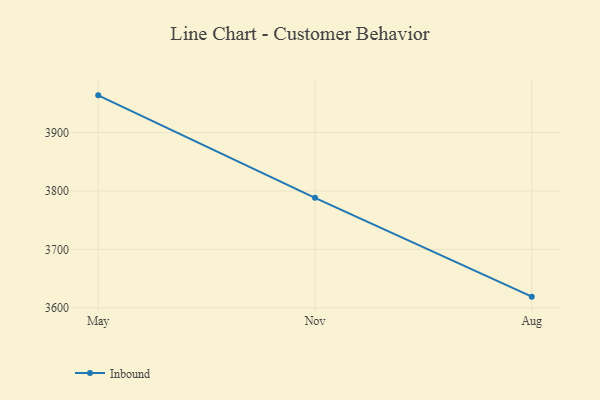
{"axis": {"x": "Month", "y": "Energy Usage (MWh)"}, "legend": ["Inbound"], "data": [{"x": "May", "y": 3963.7, "type": "Inbound"}, {"x": "Nov", "y": 3788.2, "type": "Inbound"}, {"x": "Aug", "y": 3619.1, "type": "Inbound"}]}